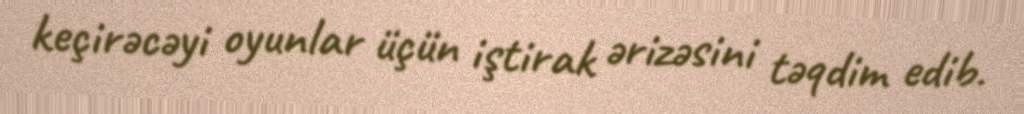
keçirəcəyi oyunlar üçün iştirak ərizəsini təqdim edib.